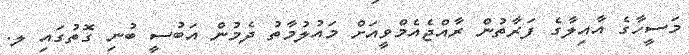
މަސީހާގެ އާއިލާގެ ފަރާތުން ރާއްޖެއެމްވީއަށް މައުލުމާތު ދެމުން އަބުސީ ބުނި ގޮތުގައި ލ.